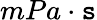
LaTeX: mPa·\mathtt{s}